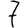
Digit: 7